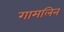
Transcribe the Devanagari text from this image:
गामलिन